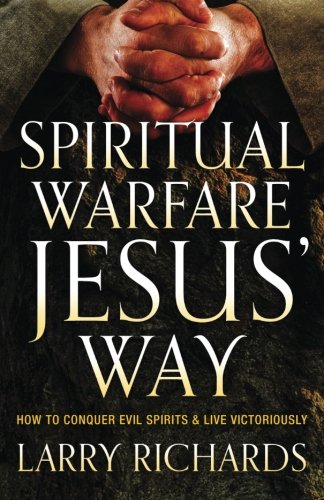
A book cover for Spiritual Warfare Jesus' Way: How to Conquer Evil Spirits and Live Victoriously; Larry Richards; Christian Books & Bibles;